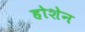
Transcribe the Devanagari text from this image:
होशेन